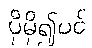
ပိုမို၍ပင်